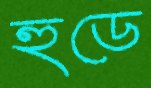
হুডে